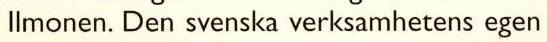
Ilmonen. Den svenska verksamhetens egen